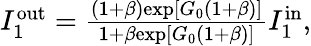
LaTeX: \begin{array}{r}{I_{1}^{\mathrm{out}}=\frac{(1+\beta)\mathrm{exp}[G_{0}(1+\beta)]}{1+\beta\mathrm{exp}[G_{0}(1+\beta)]}I_{1}^{\mathrm{in}},}\end{array}